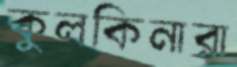
কুলকিনারা